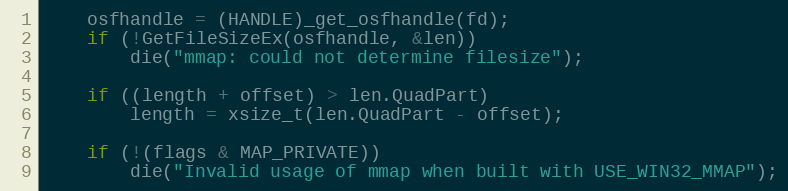
Language: C
	osfhandle = (HANDLE)_get_osfhandle(fd);
	if (!GetFileSizeEx(osfhandle, &len))
		die("mmap: could not determine filesize");

	if ((length + offset) > len.QuadPart)
		length = xsize_t(len.QuadPart - offset);

	if (!(flags & MAP_PRIVATE))
		die("Invalid usage of mmap when built with USE_WIN32_MMAP");